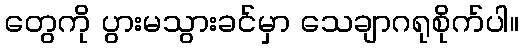
တွေကို ပွားမသွားခင်မှာ သေချာဂရုစိုက်ပါ။